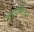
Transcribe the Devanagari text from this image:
चाऊमीअर